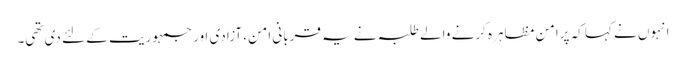
انہوں نے کہا کہ پرامن مظاہرہ کرنے والے طلبہ نے یہ قربانی امن، آزادی اور جمہوریت کے لئے دی تھی۔